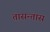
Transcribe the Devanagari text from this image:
तासन्तास